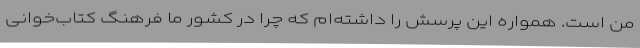
من است. همواره این پرسش را داشته‌ام که چرا در کشور ما فرهنگ کتاب‌خوانی